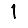
Digit: 1